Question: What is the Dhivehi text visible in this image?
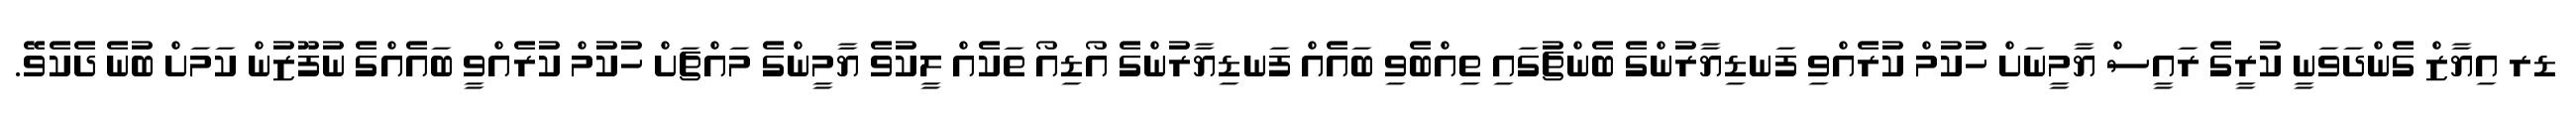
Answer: ޑރ އިޔާޒް ގެންދަވަނީ ކުރީގެ ރައީސް ޔާމީނަށް ހުކުމް ކުރެއްވި ފަނޑިޔާރުންގެ ބެންޗުގައި ތިއްބެވި ބައެއް ފަނޑިޔާރުންގެ އޯޑިއޯ ތަކެއް ލީކުވެ ޔާމީންގެ މައްޗަށް ހުކުމް ކުރެއްވީ ބައެއްގެ ނުފޫޒުން ކަމަށް ބުނެ ދެކެވޭ.